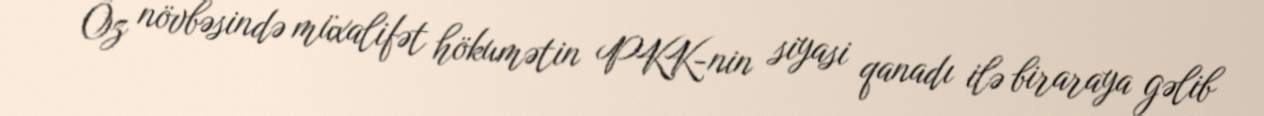
Öz növbəsində müxalifət hökumətin PKK-nin siyasi qanadı ilə biraraya gəlib